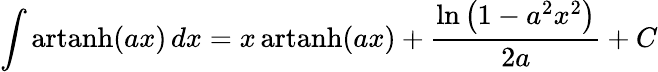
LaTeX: \int\operatorname{artanh}(ax)\, dx=x\operatorname{artanh}(ax)+{\frac{\ln\left(1-a^{2}x^{2}\right)}{2a}}+C